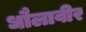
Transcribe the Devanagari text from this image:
धौलावीर